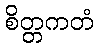
စိတ္တကတံ